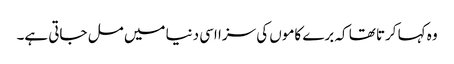
وہ کہا کرتا تھا کہ برے کاموں کی سزا اسی دنیا میں مل جاتی ہے۔